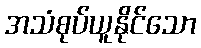
အသံစုပ်ယူနိုင်သော